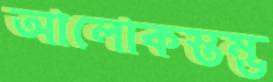
আলোকস্তম্ভ